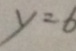
y = 6